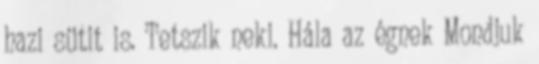
hazi sütit is. Tetszik neki. Hála az égnek Mondjuk